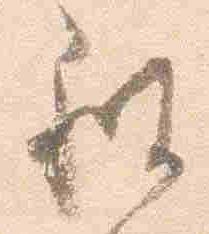
被